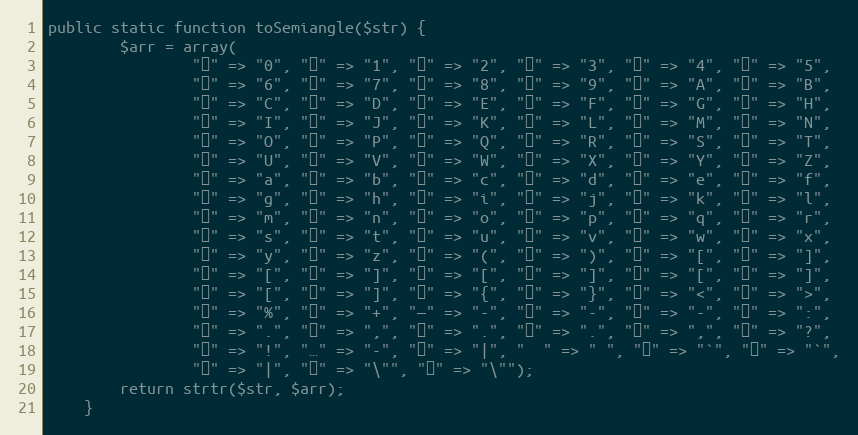
Language: PHP
public static function toSemiangle($str) {
		$arr = array(
				"０" => "0", "１" => "1", "２" => "2", "３" => "3", "４" => "4", "５" => "5",
				"６" => "6", "７" => "7", "８" => "8", "９" => "9", "Ａ" => "A", "Ｂ" => "B",
				"Ｃ" => "C", "Ｄ" => "D", "Ｅ" => "E", "Ｆ" => "F", "Ｇ" => "G", "Ｈ" => "H",
				"Ｉ" => "I", "Ｊ" => "J", "Ｋ" => "K", "Ｌ" => "L", "Ｍ" => "M", "Ｎ" => "N",
				"Ｏ" => "O", "Ｐ" => "P", "Ｑ" => "Q", "Ｒ" => "R", "Ｓ" => "S", "Ｔ" => "T",
				"Ｕ" => "U", "Ｖ" => "V", "Ｗ" => "W", "Ｘ" => "X", "Ｙ" => "Y", "Ｚ" => "Z",
				"ａ" => "a", "ｂ" => "b", "ｃ" => "c", "ｄ" => "d", "ｅ" => "e", "ｆ" => "f",
				"ｇ" => "g", "ｈ" => "h", "ｉ" => "i", "ｊ" => "j", "ｋ" => "k", "ｌ" => "l",
				"ｍ" => "m", "ｎ" => "n", "ｏ" => "o", "ｐ" => "p", "ｑ" => "q", "ｒ" => "r",
				"ｓ" => "s", "ｔ" => "t", "ｕ" => "u", "ｖ" => "v", "ｗ" => "w", "ｘ" => "x",
				"ｙ" => "y", "ｚ" => "z", "（" => "(", "）" => ")", "［" => "[", "］" => "]",
				"【" => "[", "】" => "]", "〖" => "[", "〗" => "]", "「" => "[", "」" => "]",
				"『" => "[", "』" => "]", "｛" => "{", "｝" => "}", "《" => "<", "》" => ">",
				"％" => "%", "＋" => "+", "—" => "-", "－" => "-", "～" => "-", "：" => ":",
				"。" => ".", "、" => ",", "，" => ".", "、" => ".", "；" => ",", "？" => "?",
				"！" => "!", "…" => "-", "‖" => "|", "　" => " ", "＇" => "`", "｀" => "`",
				"｜" => "|", "〃" => "\"", "＂" => "\"");
		return strtr($str, $arr);
	}